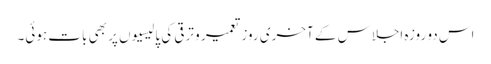
اس دو روزہ اجلاس کے آخری روز تعمیر و ترقی کی پالیسیوں پر بھی بات ہوئی۔